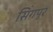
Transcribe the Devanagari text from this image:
सिंगपूर